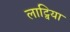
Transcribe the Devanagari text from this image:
लाट्विया